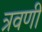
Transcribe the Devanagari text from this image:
त्रवणी